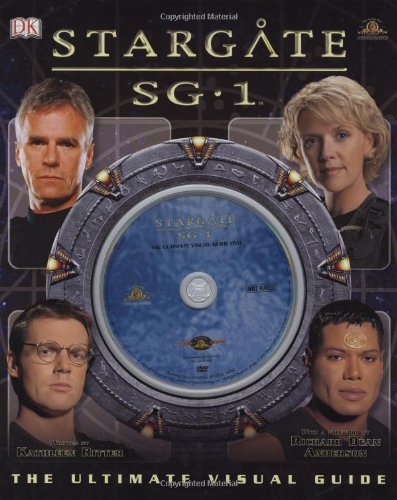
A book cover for Stargate SG-1: The Ultimate Visual Guide; Kathleen  Ritter; Humor & Entertainment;